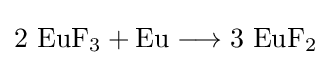
\mathrm {2\ EuF_{3}+Eu\longrightarrow 3\ EuF_{2}}